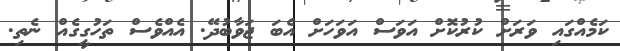
ކަމެއްގައި ވަރަށް ކުރުކޮށް އަވަސް އަވަހަށް އެބަ ޖަވާބުދޭ. އެއްވެސް ތަހުގީގެއް ނެތި.